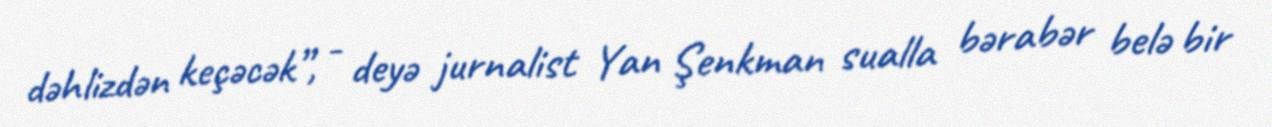
dəhlizdən keçəcək”, - deyə jurnalist Yan Şenkman sualla bərabər belə bir